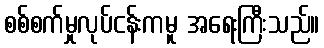
စစ်စက်မှုလုပ်ငန်းကမူ အရေးကြီးသည်။